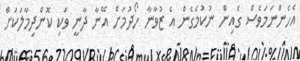
އެހެންނަމަވެސް ގެއިން ނުކުމެގެން އެ ޒުވާނާ ހޯދުމަށް އޭނާ ދާނީ ވަކި ކޮންދިމާލަކަށް